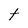
Character: t